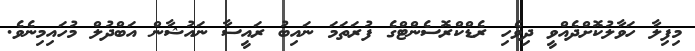
މިފިލާ ހަވާލުކޮށްދެއްވީ ދިވެހި ރެޑްކްރޮސެންޓްގެ ފުރަތަމަ ނައިބު ރައީސާ ނައުޝާން އަބްދުލް މުހައިމިނެވެ.